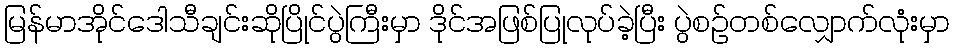
မြန်မာအိုင်ဒေါသီချင်းဆိုပြိုင်ပွဲကြီးမှာ ဒိုင်အဖြစ်ပြုလုပ်ခဲ့ပြီး ပွဲစဉ်တစ်လျှောက်လုံးမှာ